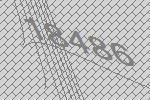
18486